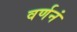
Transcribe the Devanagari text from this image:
वर्णनं